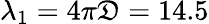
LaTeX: \lambda_{1}=4\pi\mathfrak{D}=14.5